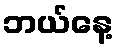
ဘယ်နေ့